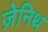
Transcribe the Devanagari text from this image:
ज़ेनिथ